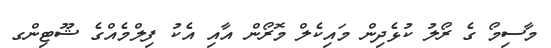
މާސިމޯ ގެ ރޯލު ކުޅެދިން މައިކެލް މޮރޯން އާއި އެކު ފިލްމެއްގެ ޝޫޓިންގ